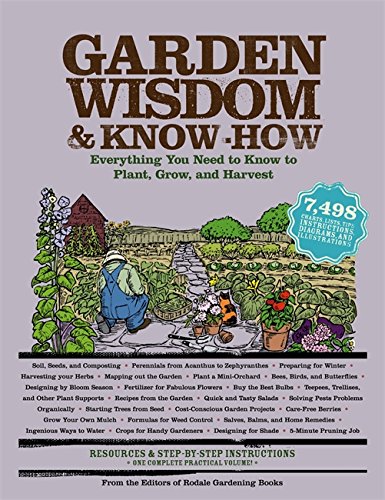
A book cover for Garden Wisdom and Know-How: Everything You Need to Know to Plant, Grow, and Harvest; Editors of Rodale Books; Crafts, Hobbies & Home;